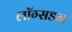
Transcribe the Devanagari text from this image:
लाॅग्सडन